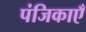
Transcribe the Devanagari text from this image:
पंजिकाएँ